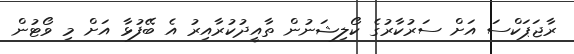
ރާޖަޕަކްސަ އަށް ސަރުކާރުގެ ކޯލިޝަނުން ތާއީދުކުރާއިރު އެ ބޭފުޅާ އަށް މި ވޯޓުން